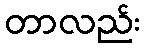
တာလည်း